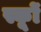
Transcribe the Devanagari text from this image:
स्कूों